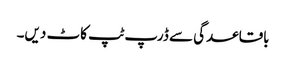
باقاعدگی سے ڈرپ ٹپ کاٹ دیں۔